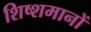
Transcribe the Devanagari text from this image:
शिष्शमानों